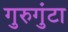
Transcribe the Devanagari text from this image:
गुरुगुंटा